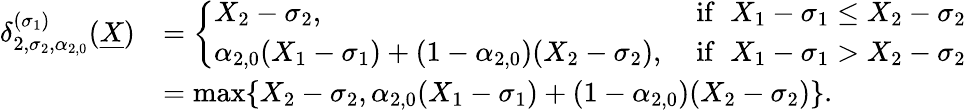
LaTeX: \begin{array}{rl}{\delta_{2,\sigma_{2},\alpha_{2,0}}^{(\sigma_{1})}(\underline{{X}})}&{=\left\{ \begin{array}{ll}{X_{2}-\sigma_{2},}&{\mathrm{~if}\; \; X_{1}-\sigma_{1}\leq X_{2}-\sigma_{2}}\\ {\alpha_{2,0}(X_{1}-\sigma_{1})+(1-\alpha_{2,0})(X_{2}-\sigma_{2}),}&{\mathrm{~if}\; \; X_{1}-\sigma_{1}>X_{2}-\sigma_{2}}\end{array}\right.}\\ &{=\operatorname*{max}\{ X_{2}-\sigma_{2},\alpha_{2,0}(X_{1}-\sigma_{1})+(1-\alpha_{2,0})(X_{2}-\sigma_{2})\} .}\end{array}